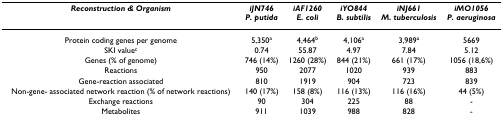
<table><thead><tr><td><b><i>Reconstruction &amp; Organism</i></b></td><td><b><i>iJN746 </i><i>P. putida</i></b></td><td><b><i>iAF1260 </i><i>E. coli</i></b></td><td><b><i>iYO844 </i><i>B. subtilis</i></b></td><td><b><i>iNJ661 </i><i>M. tuberculosis</i></b></td><td><b><i>iMO1056 </i><i>P. aeruginosa</i></b></td></tr></thead><tbody><tr><td>Protein coding genes per genome</td><td>5,350<sup>a</sup></td><td>4,464<sup>b</sup></td><td>4,106<sup>a</sup></td><td>3,989<sup>a</sup></td><td>5669</td></tr><tr><td>SKI value<sup>c</sup></td><td>0.74</td><td>55.87</td><td>4.97</td><td>7.84</td><td>5.12</td></tr><tr><td>Genes (% of genome)</td><td>746 (14%)</td><td>1260 (28%)</td><td>844 (21%)</td><td>661 (17%)</td><td>1056 (18,6%)</td></tr><tr><td>Reactions</td><td>950</td><td>2077</td><td>1020</td><td>939</td><td>883</td></tr><tr><td>Gene-reaction associated</td><td>810</td><td>1919</td><td>904</td><td>723</td><td>839</td></tr><tr><td>Non-gene- associated network reaction (% of network reactions)</td><td>140 (17%)</td><td>158 (8%)</td><td>116 (13%)</td><td>116 (16%)</td><td>44 (5%)</td></tr><tr><td>Exchange reactions</td><td>90</td><td>304</td><td>225</td><td>88</td><td>-</td></tr><tr><td>Metabolites</td><td>911</td><td>1039</td><td>988</td><td>828</td><td>-</td></tr></tbody></table>